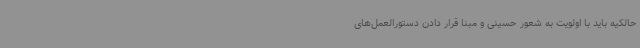
حالکیه باید با اولویت به شعور حسینی و مبنا قرار دادن دستورالعمل‌های